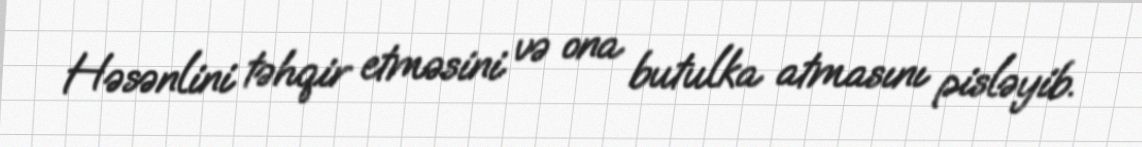
Həsənlini təhqir etməsini və ona butulka atmasını pisləyib.